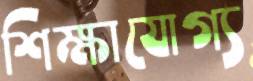
শিক্ষাযোগ্য